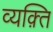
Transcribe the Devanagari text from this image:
व्यक़्ति